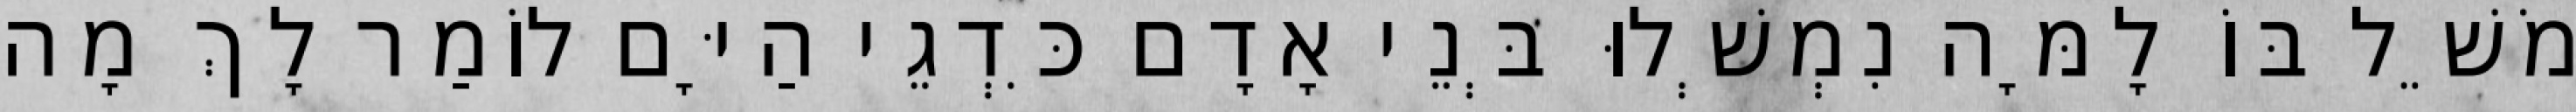
מֹשֵׁל בּוֹ לָמָּה נִמְשְׁלוּ בְּנֵי אָדָם כִּדְגֵי הַיָּם לוֹמַר לָךְ מָה